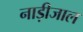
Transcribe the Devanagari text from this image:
नाड़ीजाल